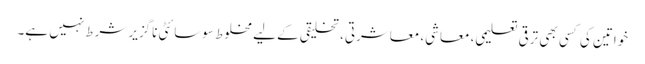
خواتین کی کسی بھی ترقی تعلیمی، معاشی، معاشرتی، تخلیقی کے لیے مخلوط سوسائٹی ناگزیر شرط نہیں ہے۔